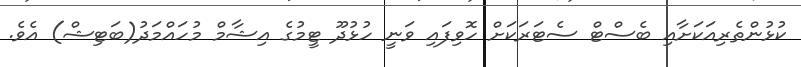
ކުޅުންތެރިއަކަށާއި ބެސްޓް ސެޓަރަކަށް ހޮވިފައި ވަނީ ހުޅުދޫ ޓީމުގެ އިޝާމް މުހައްމަދު(ބަޓިޝް) އެވެ.